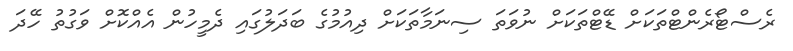
ރެސްޓޯރެންޓްތަކަށް ޑޭޓްތަކަށް ނުވަތަ ސިނަމާތަކަށް ދިއުމުގެ ބަދަލުގައި ދެމީހުން އެއްކޮށް ވަގުތު ހޭދަ